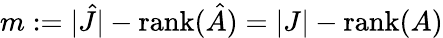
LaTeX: m:=|\hat{J}|-\operatorname{rank}(\hat{A})=|J|-\operatorname{rank}(A)